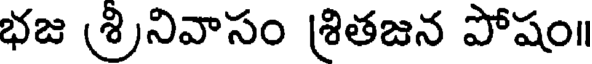
భజ (శ్రినివాసం శ్రితజన పోషం॥